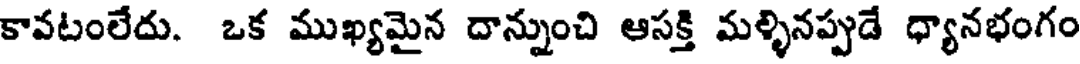
కావటంలేదు. ఒక ముఖ్యమైన దాన్నుంచి ఆసక్తి మళ్ళినప్పుడే ధ్యానభంగం